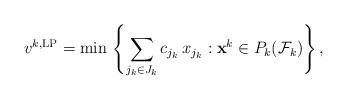
LaTeX: \begin{align*}v^{k, \textrm{LP}} = \min \, \left\{ \sum_{j_k \in J_k} c_{j_k} \, x_{j_k}: \mathbf{x}^k \in P_k(\mathcal{F}_k)\right\},\end{align*}